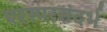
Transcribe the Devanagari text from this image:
परस्परसंदर्भ